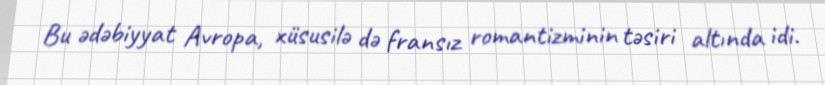
Bu ədəbiyyat Avropa, xüsusilə də fransız romantizminin təsiri altında idi.